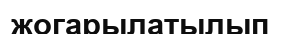
жогарылатылып